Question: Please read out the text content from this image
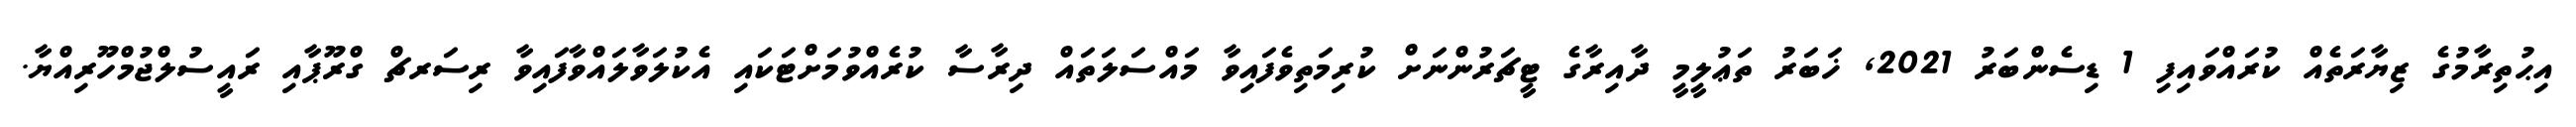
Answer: އިޙުތިރާމުގެ ޒިޔާރަތެއް ކުރައްވައިފި 1 ޑިސެންބަރު 2021, ޚަބަރު ތަޢުލީމީ ދާއިރާގެ ޓީޗަރުންނަށް ކުރިމަތިވެފައިވާ މައްސަލަތައް ދިރާސާ ކުރެއްވުމަށްޓަކައި އެކުލަވާލައްވާފައިވާ ރިސަރޗް ގްރޫޕާއި ރައީސުލްޖުމްހޫރިއްޔާ.